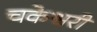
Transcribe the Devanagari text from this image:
चकेश्वरी